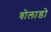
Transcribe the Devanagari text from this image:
वोलाडो